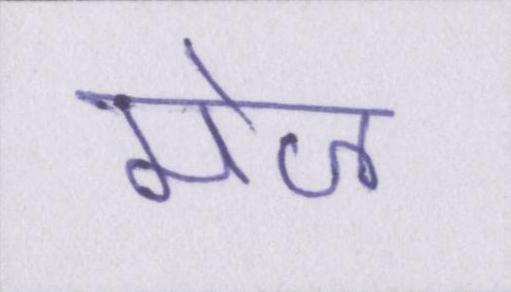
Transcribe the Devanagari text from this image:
मेज